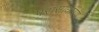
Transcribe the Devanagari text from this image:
परासाधारण